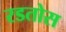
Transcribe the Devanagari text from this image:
रडतोस